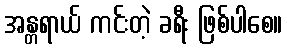
အန္တရာယ် ကင်းတဲ့ ခရီး ဖြစ်ပါစေ။